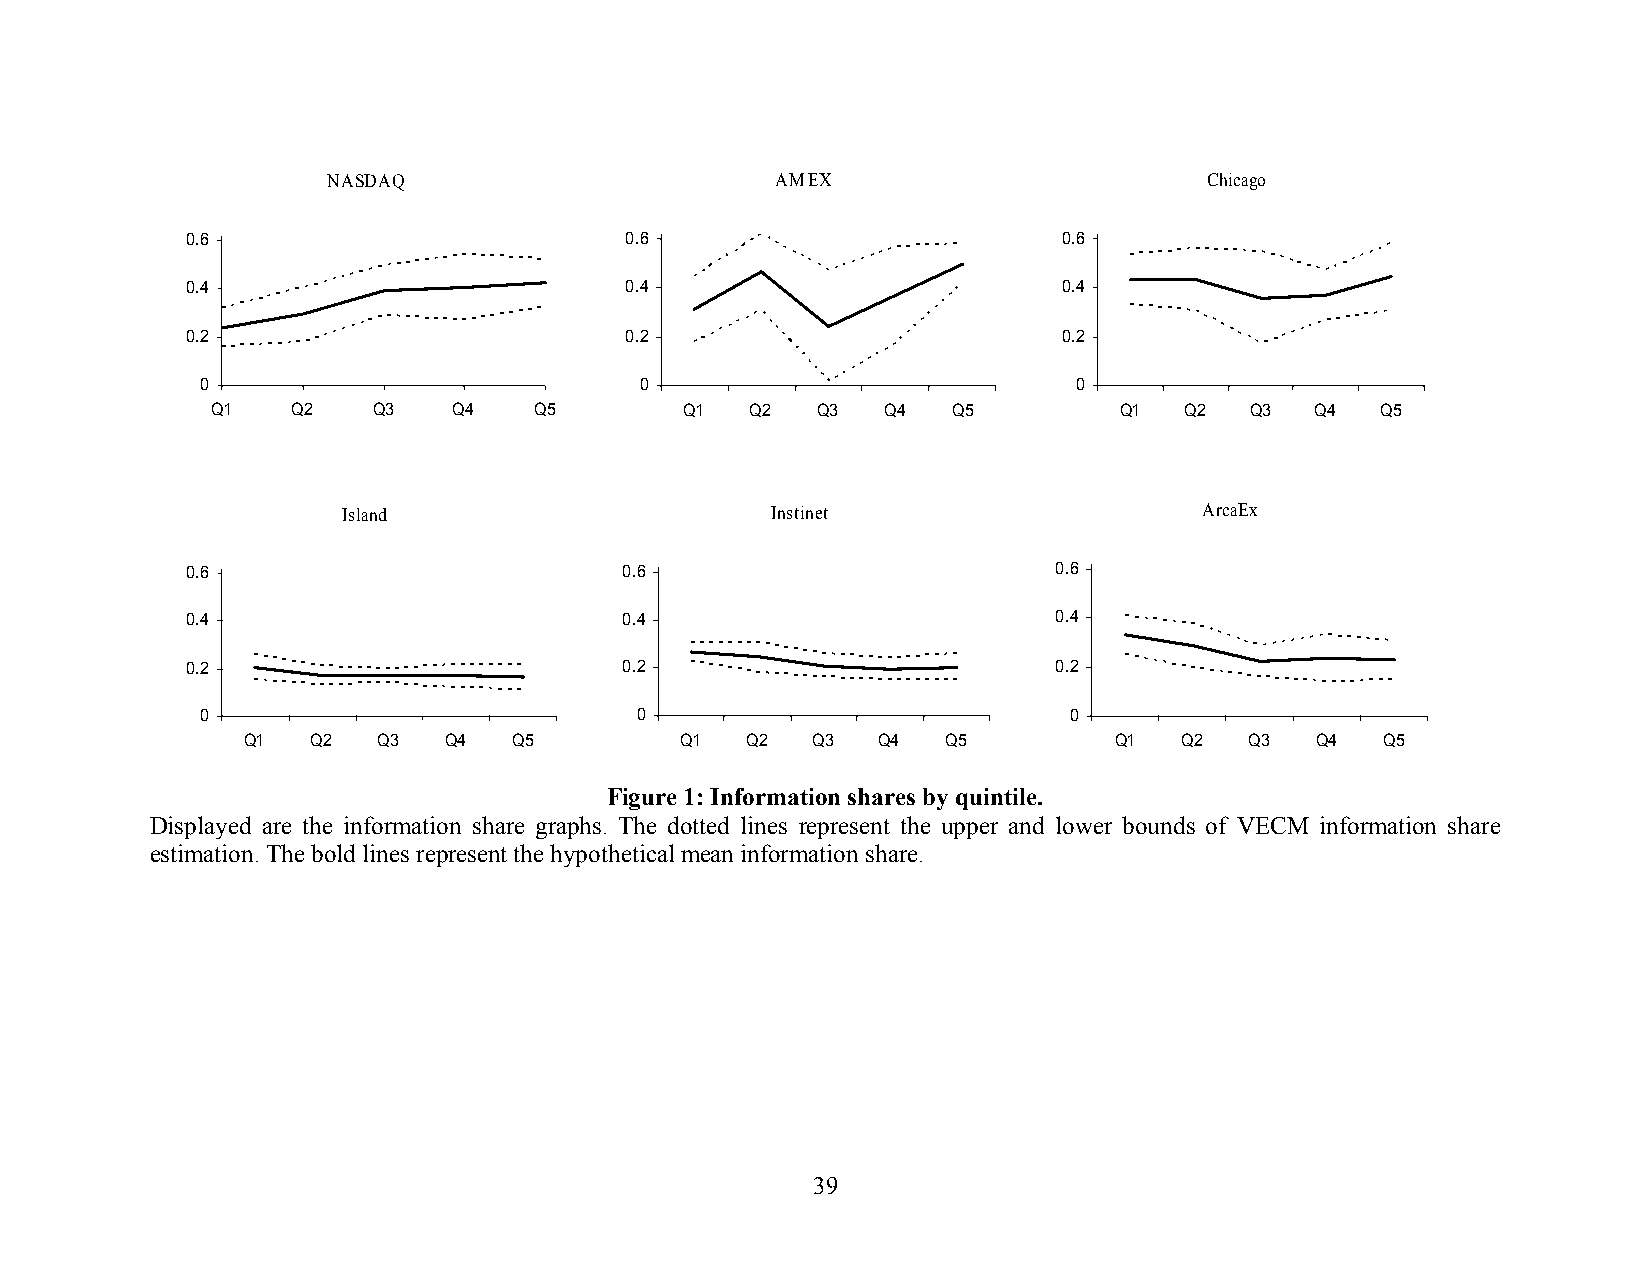
NASDAQ                       AMEX                         Chicago
 0.6                          0.6                          0.6
 0.4                          0.4                          0.4
 0.2                          0.2                          0.2
 0                            0                            0
 Q1   Q2    Q3   Q4   Q5        Q1   Q2  Q3   Q4  Q5         Q1  Q2   Q3  Q4  Q5
 Island                      Instinet                     ArcaEx
 0.6                          0.6                          0.6
 0.4                          0.4                          0.4
 0.2                          0.2                          0.2
 0                            0                            0
 Q1   Q2  Q3  Q4   Q5         Q1  Q2   Q3  Q4   Q5         Q1  Q2   Q3  Q4   Q5
 Figure 1: Information shares by quintile.
 Displayed are the information share graphs. The dotted lines represent the upper and lower bounds of VECM information share
 estimation. The bold lines represent the hypothetical mean information share.
 39